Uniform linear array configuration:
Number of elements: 32
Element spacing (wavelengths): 0.5
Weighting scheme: hann
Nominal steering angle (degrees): -30
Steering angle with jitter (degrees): -30.355
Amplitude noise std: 0.05
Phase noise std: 0.05

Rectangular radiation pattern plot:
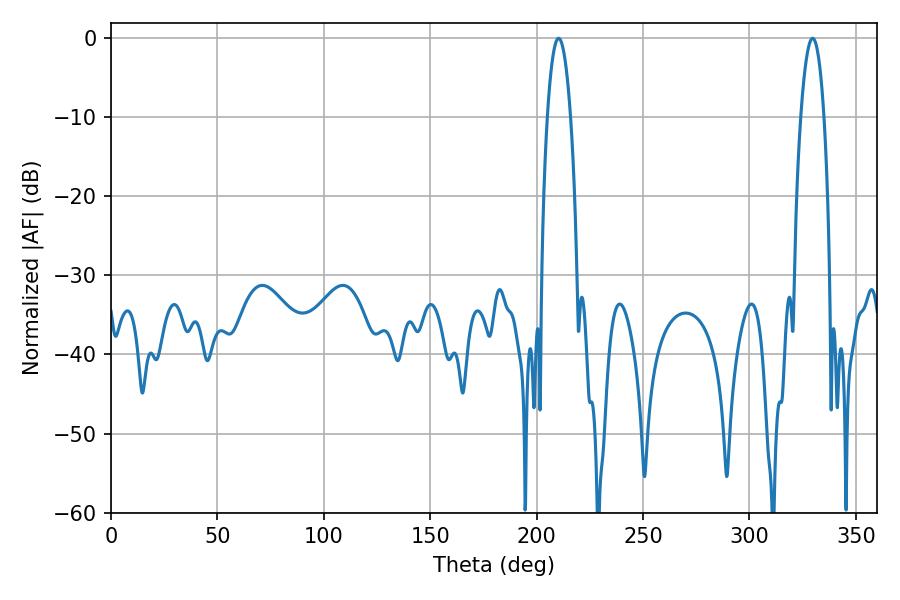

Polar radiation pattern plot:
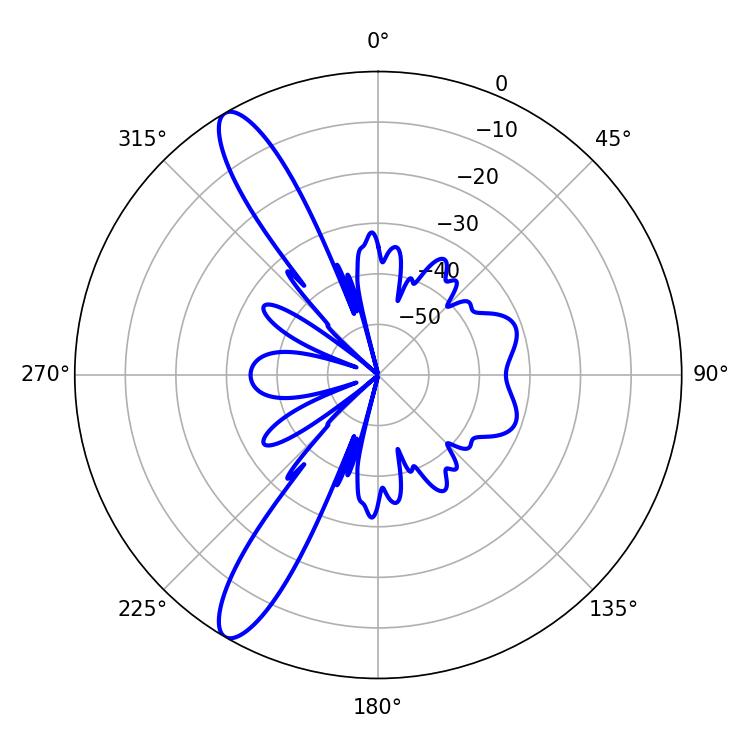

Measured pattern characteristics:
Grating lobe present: FALSE
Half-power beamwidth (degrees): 6.12
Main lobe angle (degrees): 210.24